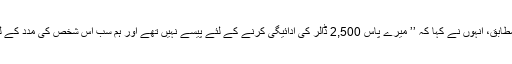
فاکس نیوز کی رپورٹ کے مطابق، انہوں نے کہا کہ ’’ میرے پاس 2,500 ڈالر کی ادائیگی کرنے کے لئے پیسے نہیں تھے اور ہم سب اس شخص کی مدد کے لئے اس کے بہت ممنون ہیں‘۔